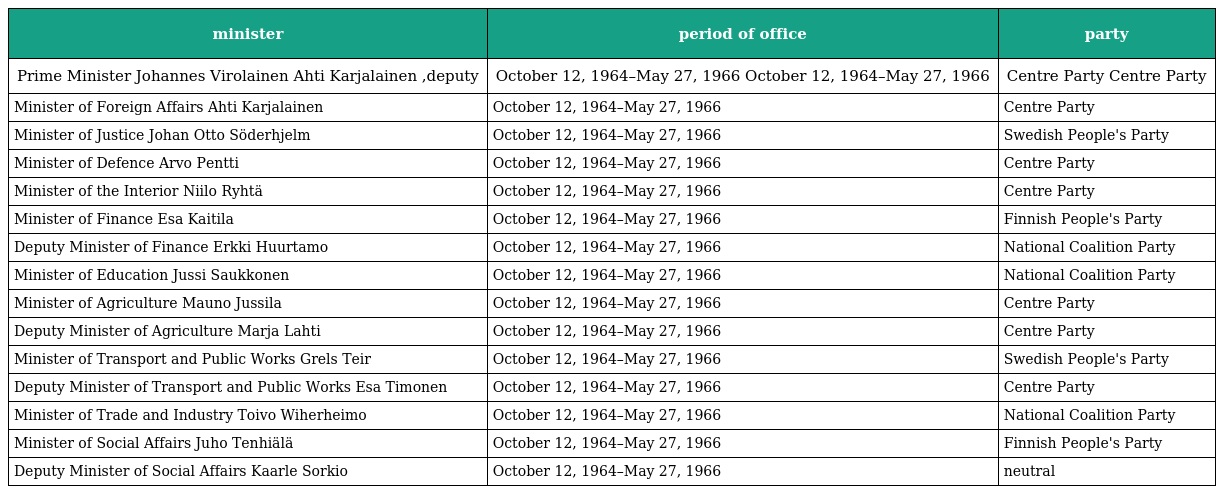
| minister | period of office | party |
 | --- | --- | --- |
 | Prime Minister Johannes Virolainen Ahti Karjalainen ,deputy | October 12, 1964–May 27, 1966 October 12, 1964–May 27, 1966 | Centre Party Centre Party |
 | Minister of Foreign Affairs Ahti Karjalainen | October 12, 1964–May 27, 1966 | Centre Party |
 | Minister of Justice Johan Otto Söderhjelm | October 12, 1964–May 27, 1966 | Swedish People's Party |
 | Minister of Defence Arvo Pentti | October 12, 1964–May 27, 1966 | Centre Party |
 | Minister of the Interior Niilo Ryhtä | October 12, 1964–May 27, 1966 | Centre Party |
 | Minister of Finance Esa Kaitila | October 12, 1964–May 27, 1966 | Finnish People's Party |
 | Deputy Minister of Finance Erkki Huurtamo | October 12, 1964–May 27, 1966 | National Coalition Party |
 | Minister of Education Jussi Saukkonen | October 12, 1964–May 27, 1966 | National Coalition Party |
 | Minister of Agriculture Mauno Jussila | October 12, 1964–May 27, 1966 | Centre Party |
 | Deputy Minister of Agriculture Marja Lahti | October 12, 1964–May 27, 1966 | Centre Party |
 | Minister of Transport and Public Works Grels Teir | October 12, 1964–May 27, 1966 | Swedish People's Party |
 | Deputy Minister of Transport and Public Works Esa Timonen | October 12, 1964–May 27, 1966 | Centre Party |
 | Minister of Trade and Industry Toivo Wiherheimo | October 12, 1964–May 27, 1966 | National Coalition Party |
 | Minister of Social Affairs Juho Tenhiälä | October 12, 1964–May 27, 1966 | Finnish People's Party |
 | Deputy Minister of Social Affairs Kaarle Sorkio | October 12, 1964–May 27, 1966 | neutral |